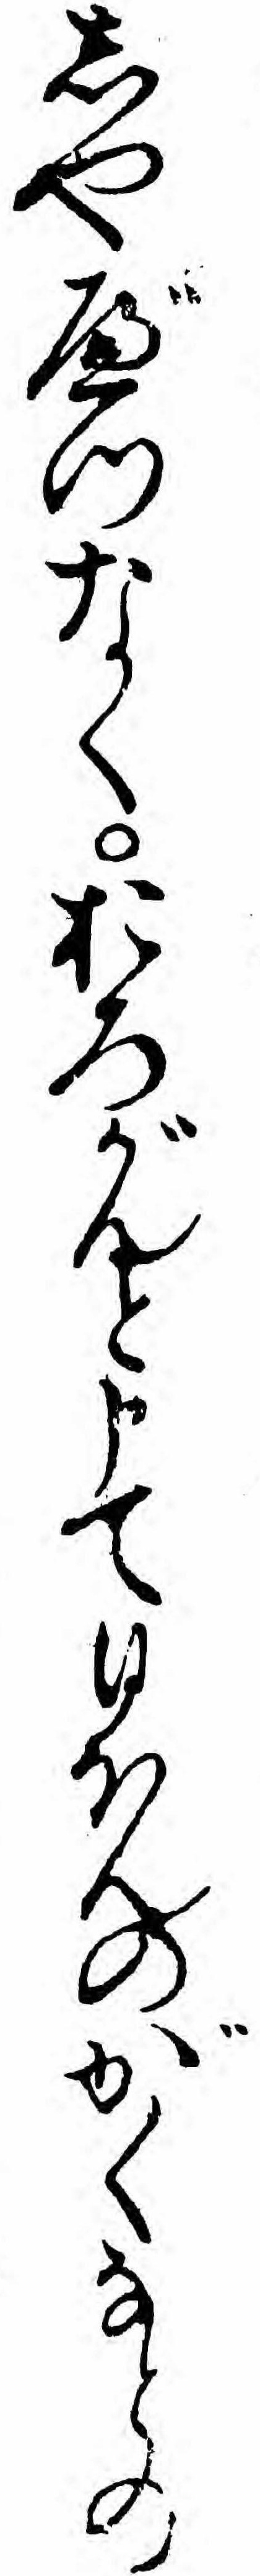
しやべつなくおろがんと申て日ほんのがくなとの